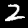
Digit: 2